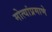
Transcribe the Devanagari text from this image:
मोत्यांप्रमाणे